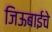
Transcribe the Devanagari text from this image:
जिऊबाईचे